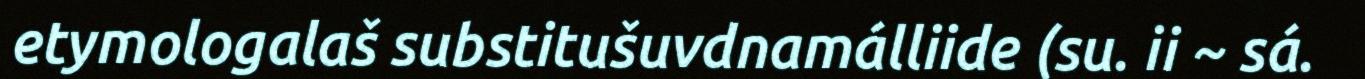
etymologalaš substitušuvdnamálliide (su. ii ~ sá.